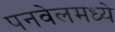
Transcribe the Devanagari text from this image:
पनवेलमध्ये